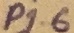
Text: P1.6